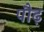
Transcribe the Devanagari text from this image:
पौढ़